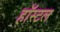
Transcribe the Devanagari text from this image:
हॉस्‍टल